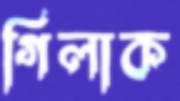
গিলাক